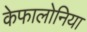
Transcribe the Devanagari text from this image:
केफालोनिया